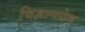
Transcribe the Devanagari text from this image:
विज्ञानप्रेम